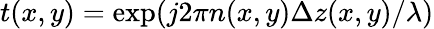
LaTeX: t(x,y)=\exp(j2\pi n(x,y)\Delta z(x,y)/\lambda)